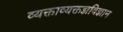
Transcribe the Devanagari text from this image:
व्यक्ताव्यक्तज्ञविज्ञान